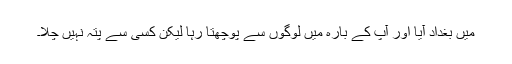
میں بغداد آیا اور آپ کے بارہ میں لوگوں سے پوچھتا رہا لیکن کسی سے پتہ نہیں چلا۔